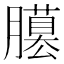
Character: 𦢐